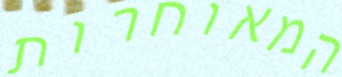
המאוחרות